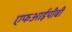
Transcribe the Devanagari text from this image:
एफआईपीबी